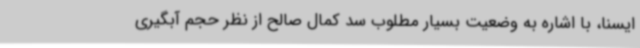
ایسنا، با اشاره به وضعیت بسیار مطلوب سد کمال صالح از نظر حجم آبگیری